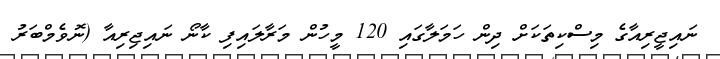
ނައިޖީރިއާގެ މިސްކިތަކަށް ދިން ހަމަލާގައި 120 މީހުން މަރާލައިފި ކާނޯ ނައިޖިރިއާ (ނޮވެމްބަރު